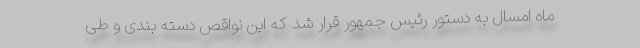
ماه امسال به دستور رئیس جمهور قرار شد که این نواقص دسته بندی و طی